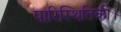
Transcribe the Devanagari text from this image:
पारिस्थितिकी।